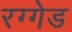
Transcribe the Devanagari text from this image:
रग्गेड